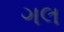
ગલ